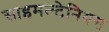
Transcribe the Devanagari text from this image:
साइमल्टेनियस